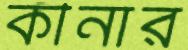
কীনার